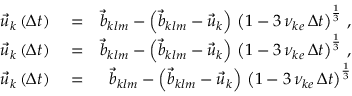
\begin{array} { r l r } { \vec { u } _ { k } \left( \Delta t \right) } & { { } = } & { \vec { b } _ { k l m } - \left( \vec { b } _ { k l m } - \vec { u } _ { k } \right) \, \left( 1 - 3 \, \nu _ { k e } \, \Delta t \right) ^ { \frac { 1 } { 3 } } \, , } \\ { \vec { u } _ { k } \left( \Delta t \right) } & { { } = } & { \vec { b } _ { k l m } - \left( \vec { b } _ { k l m } - \vec { u } _ { k } \right) \, \left( 1 - 3 \, \nu _ { k e } \, \Delta t \right) ^ { \frac { 1 } { 3 } } \, , } \\ { \vec { u } _ { k } \left( \Delta t \right) } & { { } = } & { \vec { b } _ { k l m } - \left( \vec { b } _ { k l m } - \vec { u } _ { k } \right) \, \left( 1 - 3 \, \nu _ { k e } \, \Delta t \right) ^ { \frac { 1 } { 3 } } } \end{array}